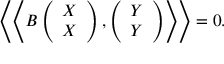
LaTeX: \left\langle \left\langle B \left( \begin{array} { c } { { X } } \\ { { X } } \end{array} \right) , \left( \begin{array} { c } { { Y } } \\ { { Y } } \end{array} \right) \right\rangle \right\rangle = 0 .